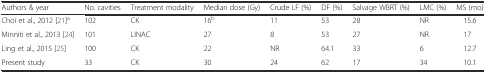
| Authors & year | No. cavities | Treatment modality | Median dose (Gy) | Crude LF (%) | DF (%) | Salvage WBRT (%) | LMC (%) | MS (mo) |
 | --- | --- | --- | --- | --- | --- | --- | --- | --- |
 | Choi et al., 2012 [21]a | 102 | CK | 16b | 11 | 53 | 28 | NR | 15.6 |
 | Minniti et al., 2013 [24] | 101 | LINAC | 27 | 8 | 53 | 27 | NR | 17 |
 | Ling et al., 2015 [25] | 100 | CK | 22 | NR | 64.1 | 33 | 6 | 12.7 |
 | Present study | 33 | CK | 30 | 24 | 62 | 17 | 34 | 10.1 |